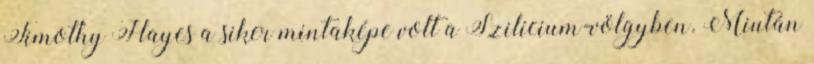
Timothy Hayes a siker mintaképe volt a Szilícium-völgyben. Miután